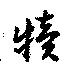
犢